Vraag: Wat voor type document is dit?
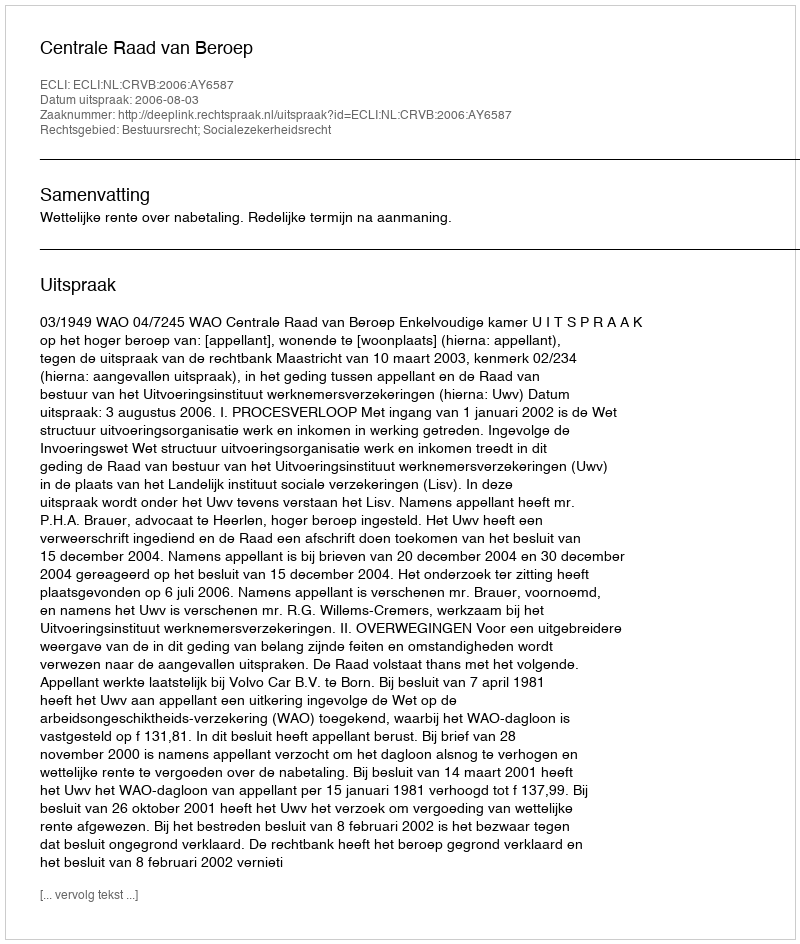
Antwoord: Uitspraak